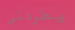
يطردني